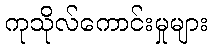
ကုသိုလ်ကောင်းမှုများ